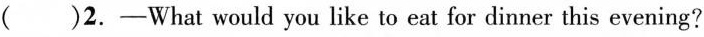
()2.-What would you like to eat for dinner this evening?